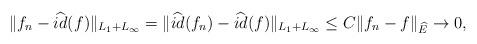
LaTeX: \begin{align*} \|f_n-\widehat{id}(f)\|_{L_1+L_\infty}=\|\widehat{id}(f_n)-\widehat{id}(f)\|_{L_1+L_\infty}\leq C \|f_n-f\|_{\widehat{E}}\to 0, \end{align*}